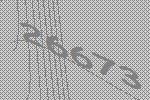
26673